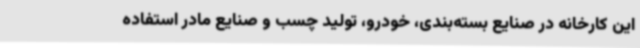
این کارخانه در صنایع بسته‌بندی، خودرو، تولید چسب و صنایع مادر استفاده